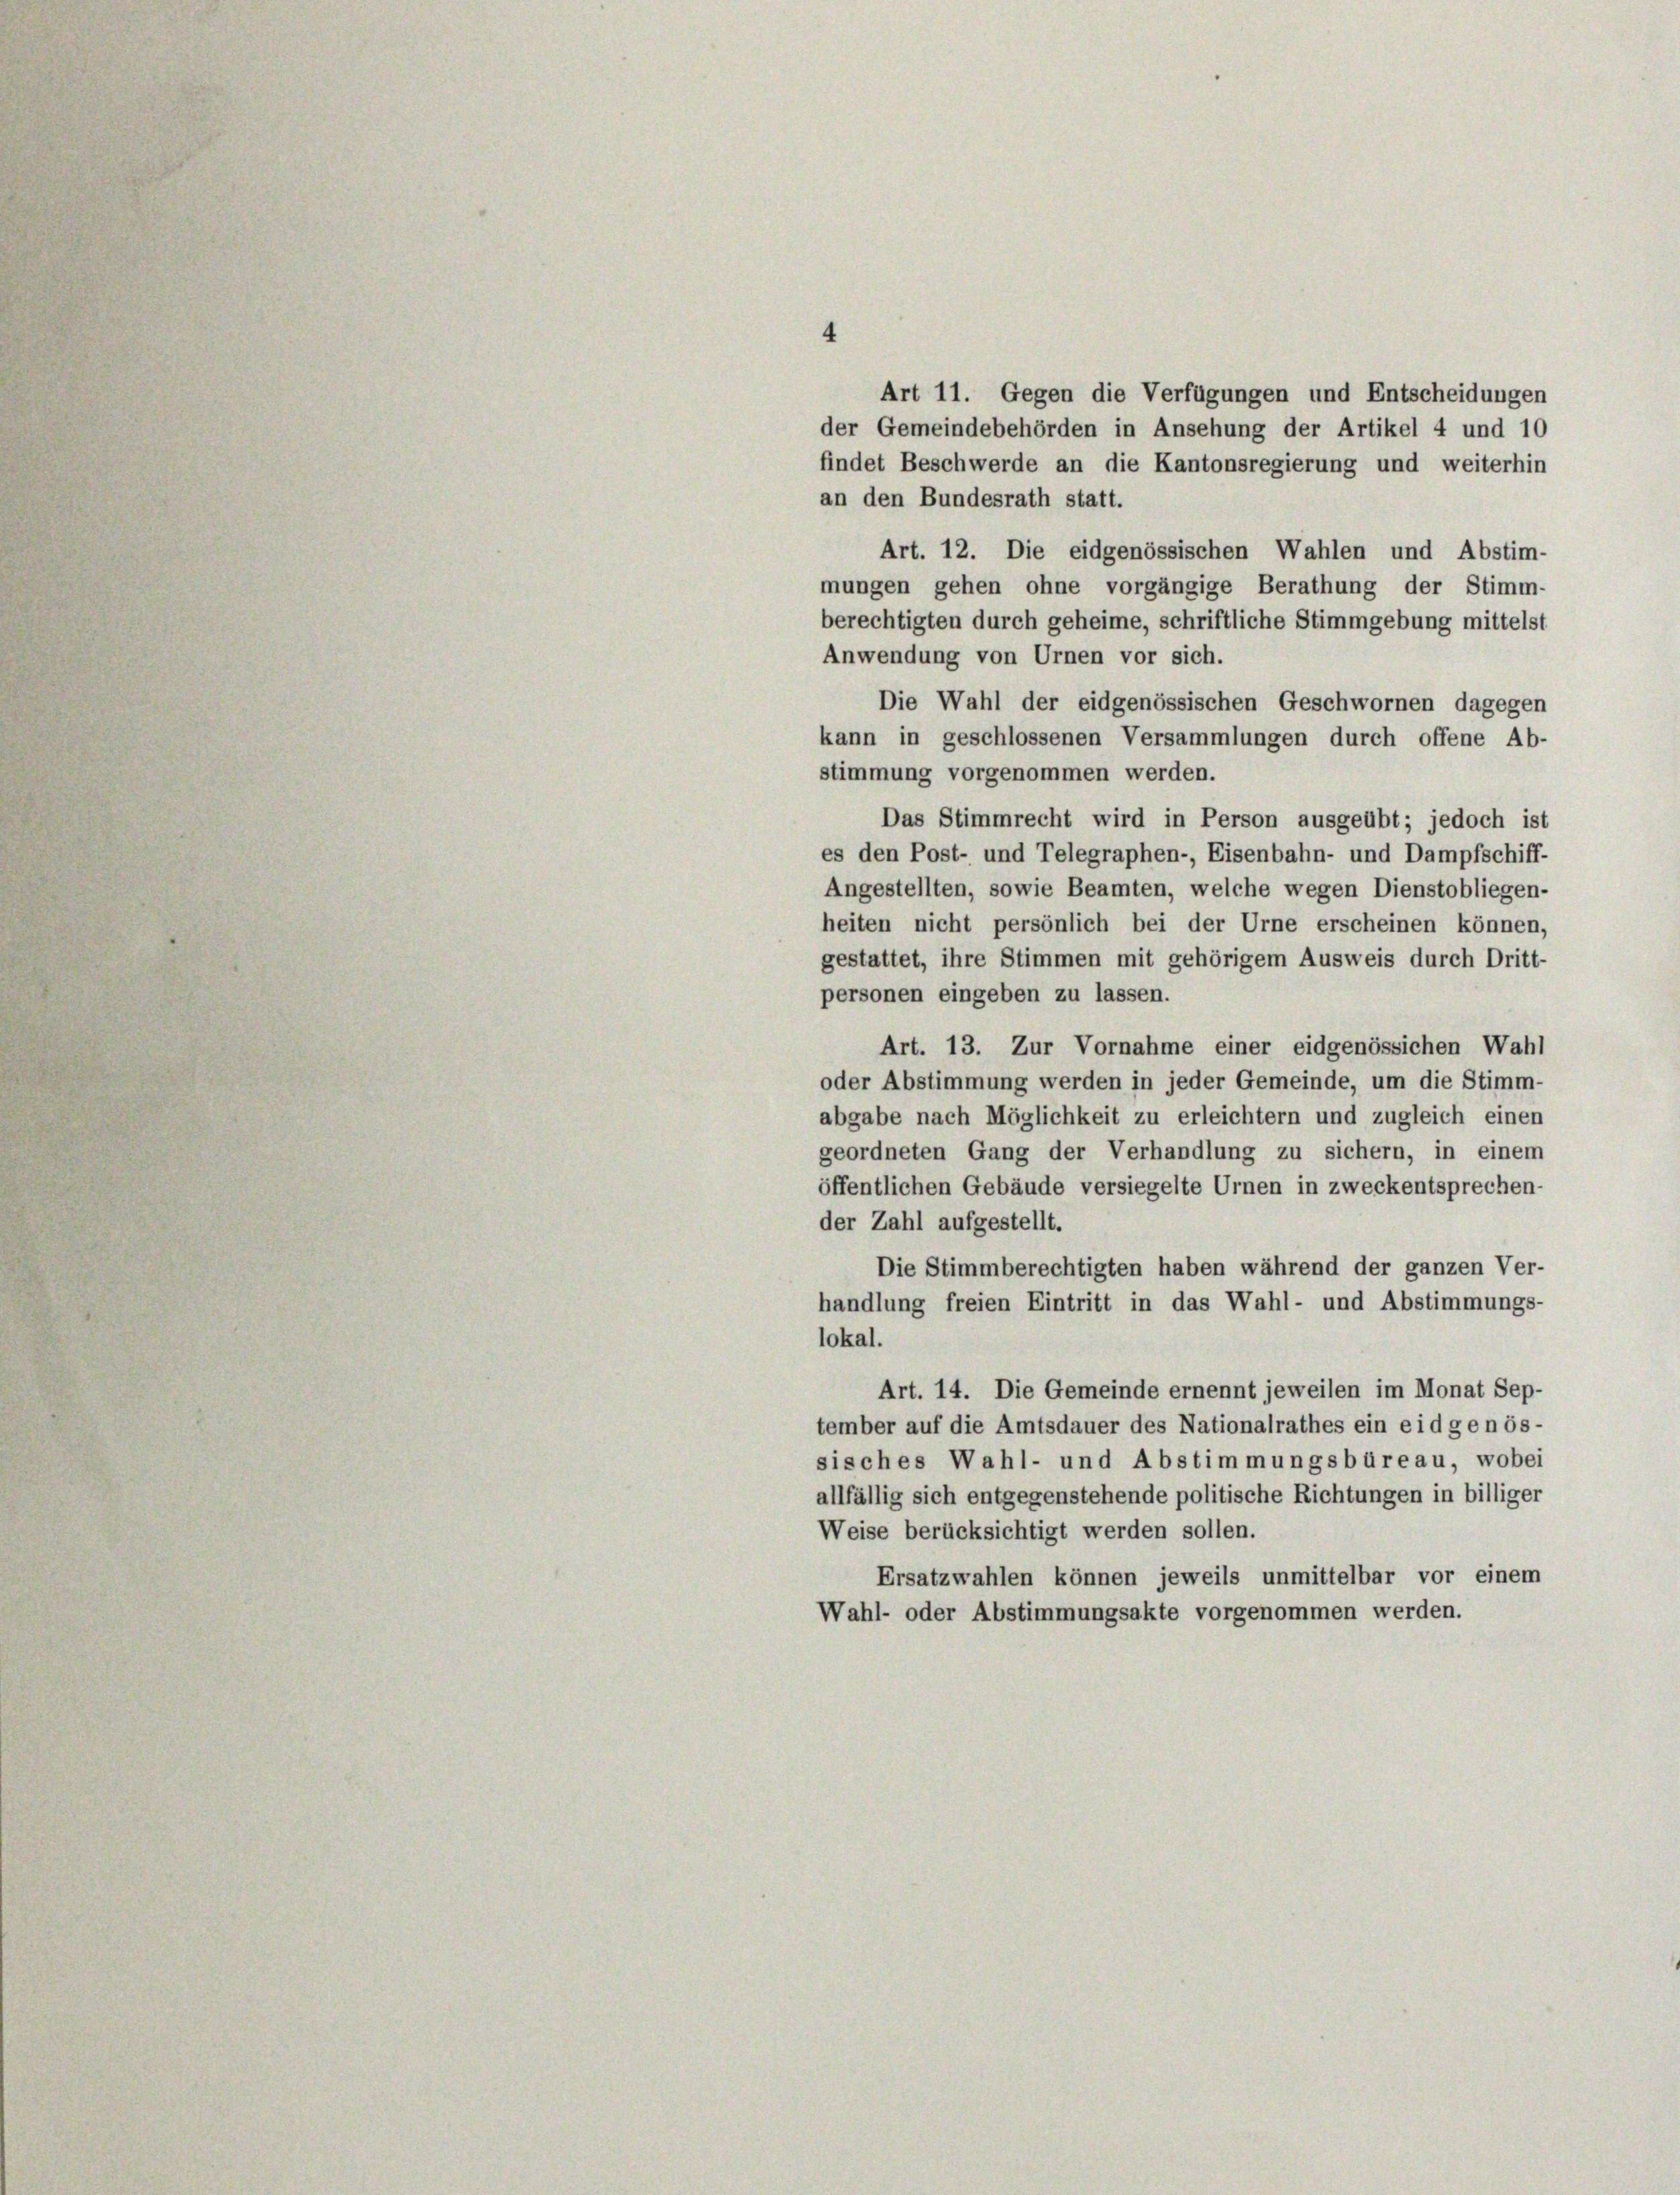
Art 11. Gegen die Verfügungen und Entscheidungen
der Gemeindebehörden in Ansehung der Artikel 4 und 10
findet Beschwerde an die Kantonsregierung und weiterhin
an den Bundesrath statt.
Art. 12. Die eidgenössischen Wahlen und Abstim-
mungen gehen ohne vorgängige Berathung der Stimm-
berechtigten durch geheime, schriftliche Stimmgebung mittelst
Anwendung von Urnen vor sich.
Die Wahl der eidgenössischen Geschwornen dagegen
kann in geschlossenen Versammlungen durch offene Ab-
stimmung vorgenommen werden.
Das Stimmrecht wird in Person ausgeübt; jedoch ist
es den Post- und Telegraphen-, Eisenbahn- und Dampfschiff-
Angestellten, sowie Beamten, welche wegen Dienstobliegen-
heiten nicht persönlich bei der Urne erscheinen können,
gestattet, ihre Stimmen mit gehörigem Ausweis durch Dritt-
personen eingeben zu lassen.
Art. 13. Zur Vornahme einer eidgenössichen Wahl
oder Abstimmung werden in jeder Gemeinde, um die Stimm-
abgabe nach Möglichkeit zu erleichtern und zugleich einen
geordneten Gang der Verhandlung zu sichern, in einem
öffentlichen Gebäude versiegelte Urnen in zweckentsprechen-
der Zahl aufgestellt.
Die Stimmberechtigten haben während der ganzen Ver-
handlung freien Eintritt in das Wahl- und Abstimmungs-
lokal.
Art. 14. Die Gemeinde ernennt jeweilen im Monat Sep.
tember auf die Amtsdauer des Nationalrathes ein eidgenös-
sisches Wahl- und Abstimmungsbüreau, wobei
allfällig sich entgegenstehende politische Richtungen in billiger
Weise berücksichtigt werden sollen.
Ersatzwahlen können jeweils unmittelbar vor einem
Wahl- oder Abstimmungsakte vorgenommen werden.

4